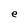
Character: e